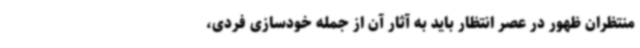
منتظران ظهور در عصر انتظار باید به آثار آن از جمله خودسازی فردی،